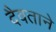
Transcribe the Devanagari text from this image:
दैवताने